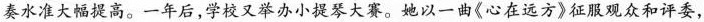
奏水准大幅提高。一年后，学校又举办小提琴大赛。她以一曲《心在远方》征服观众和评委，